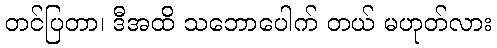
တင်ပြတာ၊ ဒီအထိ သဘောပေါက် တယ် မဟုတ်လား